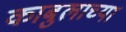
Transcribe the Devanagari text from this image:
काबुलाच्या